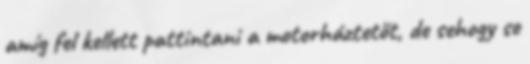
amíg fel kellett pattintani a motorháztetőt, de sehogy se